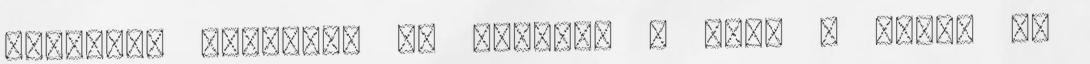
ingyenes játékosa és imádom. : Mint a fotón is